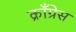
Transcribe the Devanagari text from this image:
क्राँग्रेस